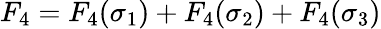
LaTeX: F_{4}=F_{4}(\sigma_{1})+F_{4}(\sigma_{2})+F_{4}(\sigma_{3})